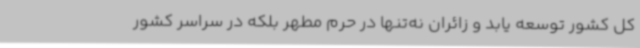
کل کشور توسعه یابد و زائران نه‌تنها در حرم مطهر بلکه در سراسر کشور